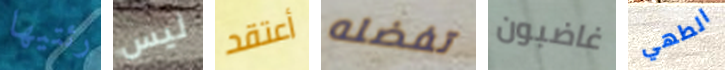
رئتيها ليس أعتقد تفضله غاضبون الطهي